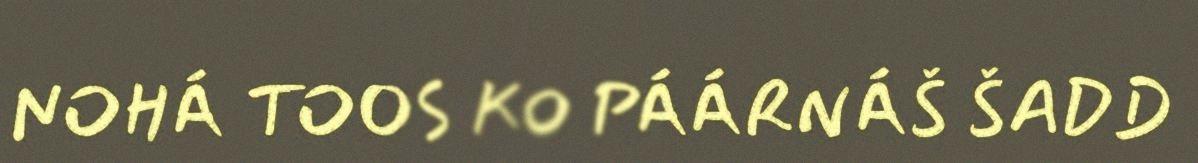
NOHÁ TOOS KO PÁÁRNÁŠ ŠADD